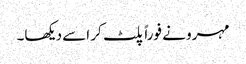
مہرو نے فوراً پلٹ کر اسے دیکھا۔